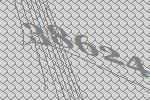
38624